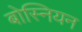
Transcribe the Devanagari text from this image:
बोस्नियन